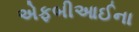
એફબીઆઈના